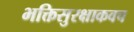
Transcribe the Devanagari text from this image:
भक्तिसुरक्षाकवच